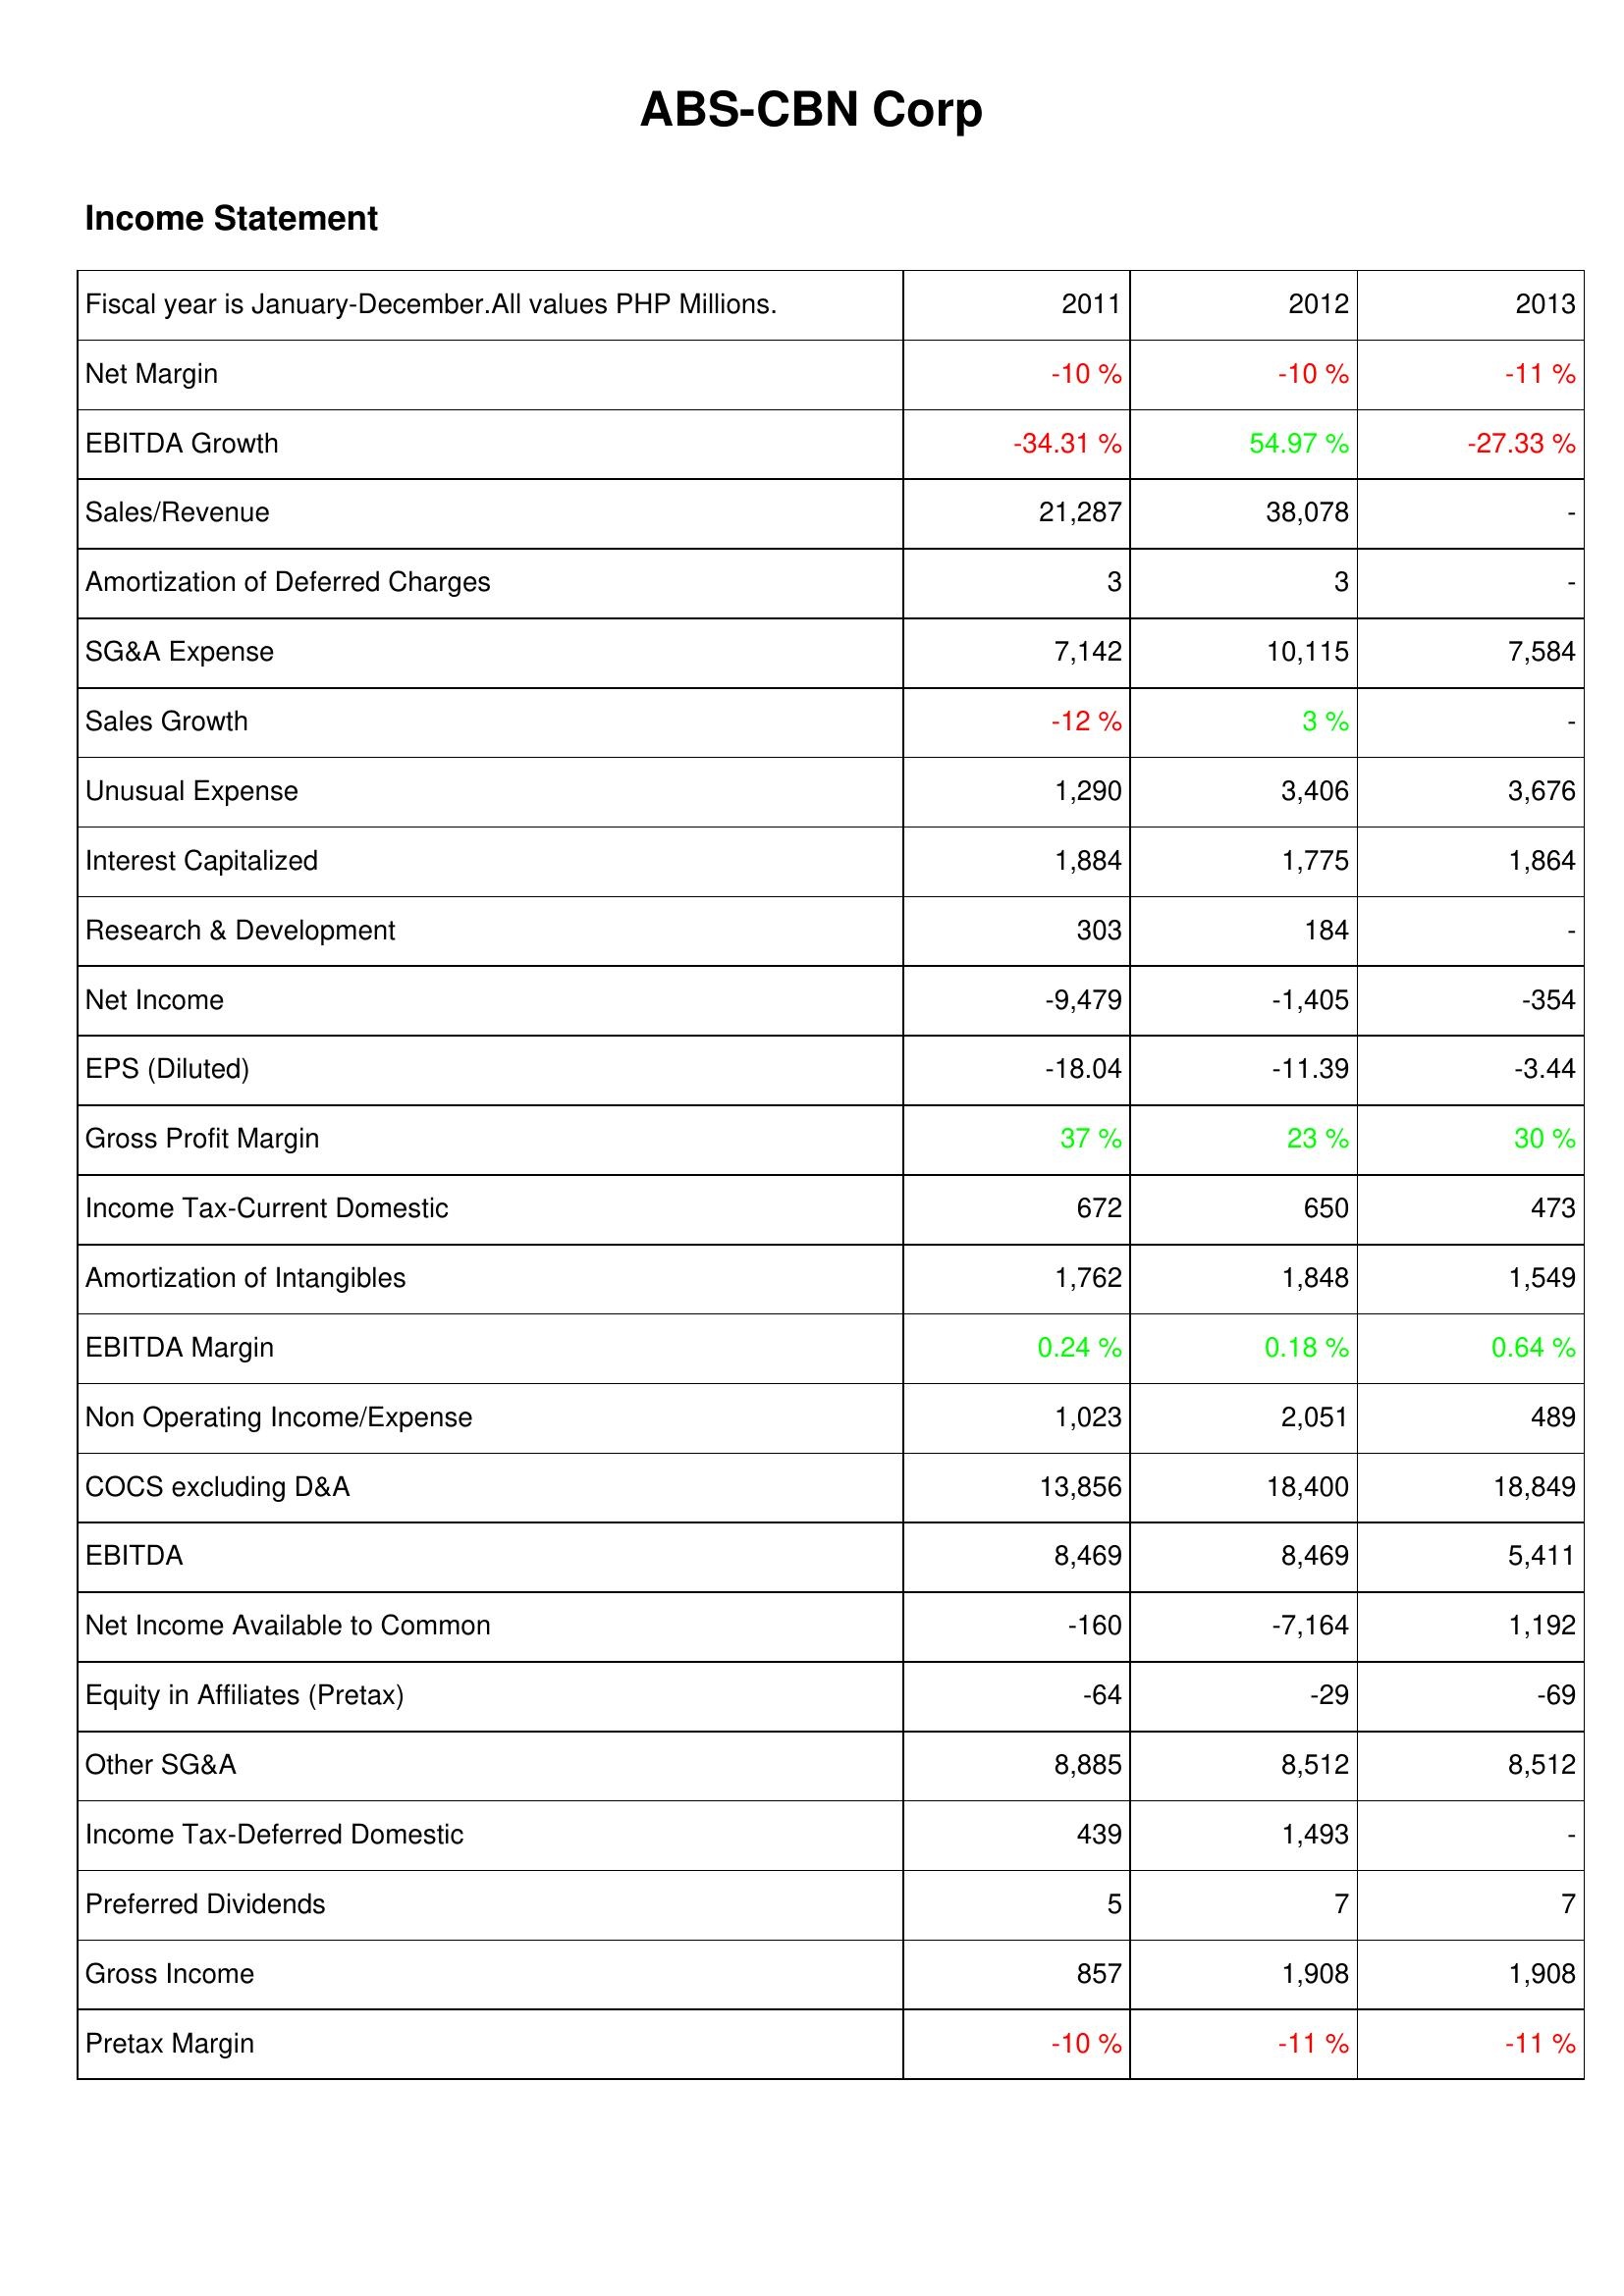
2011: Income Statement: Net Margin: -10 %
EBITDA Growth: -34.31 %
Sales/Revenue: 21,287
Amortization of Deferred Charges: 3
SG&A Expense: 7,142
Sales Growth: -12 %
Unusual Expense: 1,290
Interest Capitalized: 1,884
Research & Development: 303
Net Income: -9,479
EPS (Diluted): -18.04
Gross Profit Margin: 37 %
Income Tax-Current Domestic: 672
Amortization of Intangibles: 1,762
EBITDA Margin: 0.24 %
Non Operating Income/Expense: 1,023
COCS excluding D&A: 13,856
EBITDA: 8,469
Net Income Available to Common: -160
Equity in Affiliates (Pretax): -64
Other SG&A: 8,885
Income Tax-Deferred Domestic: 439
Preferred Dividends: 5
Gross Income: 857
Pretax Margin: -10 %
2012: Income Statement: Net Margin: -10 %
EBITDA Growth: 54.97 %
Sales/Revenue: 38,078
Amortization of Deferred Charges: 3
SG&A Expense: 10,115
Sales Growth: 3 %
Unusual Expense: 3,406
Interest Capitalized: 1,775
Research & Development: 184
Net Income: -1,405
EPS (Diluted): -11.39
Gross Profit Margin: 23 %
Income Tax-Current Domestic: 650
Amortization of Intangibles: 1,848
EBITDA Margin: 0.18 %
Non Operating Income/Expense: 2,051
COCS excluding D&A: 18,400
EBITDA: 8,469
Net Income Available to Common: -7,164
Equity in Affiliates (Pretax): -29
Other SG&A: 8,512
Income Tax-Deferred Domestic: 1,493
Preferred Dividends: 7
Gross Income: 1,908
Pretax Margin: -11 %
2013: Income Statement: Net Margin: -11 %
EBITDA Growth: -27.33 %
Sales/Revenue: -
Amortization of Deferred Charges: -
SG&A Expense: 7,584
Sales Growth: -
Unusual Expense: 3,676
Interest Capitalized: 1,864
Research & Development: -
Net Income: -354
EPS (Diluted): -3.44
Gross Profit Margin: 30 %
Income Tax-Current Domestic: 473
Amortization of Intangibles: 1,549
EBITDA Margin: 0.64 %
Non Operating Income/Expense: 489
COCS excluding D&A: 18,849
EBITDA: 5,411
Net Income Available to Common: 1,192
Equity in Affiliates (Pretax): -69
Other SG&A: 8,512
Income Tax-Deferred Domestic: -
Preferred Dividends: 7
Gross Income: 1,908
Pretax Margin: -11 %